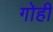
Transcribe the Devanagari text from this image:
गोही